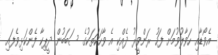
އެވޯޑާއި ހަވާލުވުމަށް ފަހު ރަންވީރު ދެއްކި އެ ވާހަކަތަކުގެ ސަބަބުން ދީޕިކާ ފެންކަޅިވެފައި